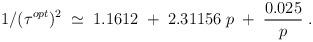
LaTeX: \begin{align*}1/(\tau^{opt})^2\;\simeq\;1.1612\;+\; 2.31156\;p\;+\;{0.025\over p}\;.\end{align*}